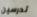
تدرسين